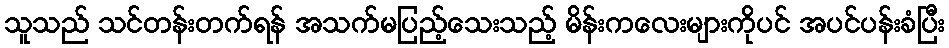
သူသည် သင်တန်းတက်ရန် အသက်မပြည့်သေးသည့် မိန်းကလေးများကိုပင် အပင်ပန်းခံပြီး